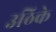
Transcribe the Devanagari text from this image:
उठिके